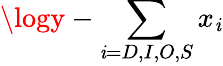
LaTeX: \logy-\sum_{\mathit{i}=D,I,O,S}x_{\mathit{i}}